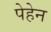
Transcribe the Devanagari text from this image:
पेहेन